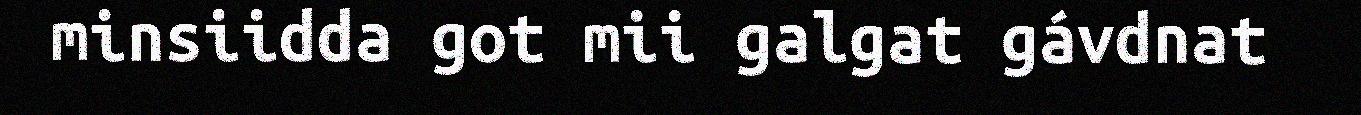
minsiidda got mii galgat gávdnat